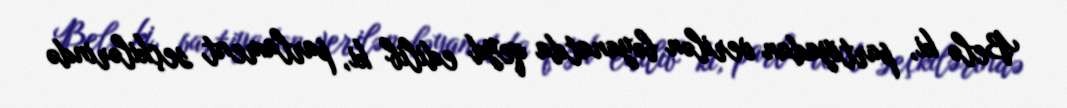
Belə ki, partiyadan verilən bəyanatda qeyd edilib ki, parlament seçkilərində